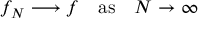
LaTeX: f _ { N } \longrightarrow f \quad \mathrm { a s } \quad N \rightarrow \infty